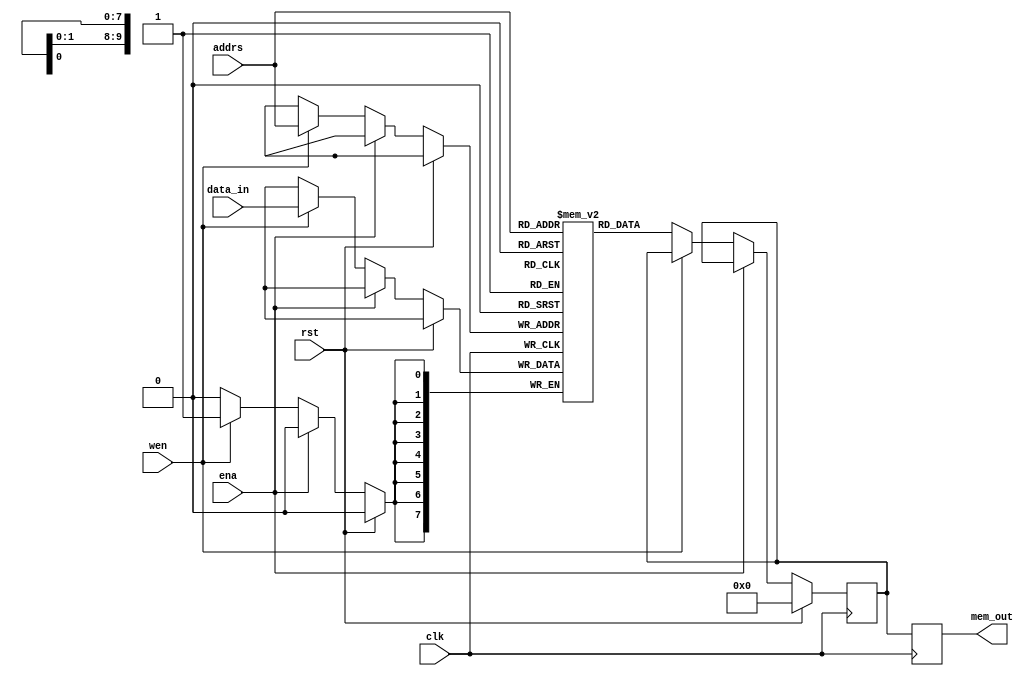
`timescale 1ns / 1ps
//////////////////////////////////////////////////////////////////////////////////
// Company: Private
// 
// Design Name: 
// Module Name: mem
// Project Name: 
// Target Devices: 
// Tool Versions: 
// Description: 
// 
// Dependencies: 
// 
// Revision:
// Revision 0.01 - File Created
// Additional Comments:
// 
//////////////////////////////////////////////////////////////////////////////////


module mem #(
    parameter MEM_DEPTH = 1024,
    parameter bit_size = 8,
    parameter INIT_FILE = ""
            )(
    (*keep = "true"*)output reg [bit_size-1:0] mem_out,
    input clk,
    input [addrs_width(MEM_DEPTH-1)-1:0] addrs,
    input ena,
    input wen,
    input rst,
    input [bit_size-1:0] data_in
    );
    
    (*keep = "true"*) reg [bit_size-1:0] mem [MEM_DEPTH-1:0];
    (*keep = "true"*) reg [bit_size-1:0] temp_mem_out;
    
    generate
        if (INIT_FILE != "") begin: use_init_file
          initial
            $readmemh(INIT_FILE, mem, 0, MEM_DEPTH-1);
        end else begin: init_bram_to_zero
        integer ram_index;
            initial
                for(ram_index=0; ram_index<MEM_DEPTH; ram_index=ram_index+1) begin
                    mem[ram_index] = {(bit_size-1){1'b0}};
                end
        end
    endgenerate
    
    always @(posedge clk) begin
        mem_out <= temp_mem_out;
        if(rst) begin
            temp_mem_out <= {(bit_size-1){1'b0}};
        end
        else begin
            if(!ena) begin
                if(wen) begin
                    mem[addrs] <= data_in;
                end
                else begin
                    temp_mem_out <= mem[addrs];
                end
            end
            else begin
                temp_mem_out <= temp_mem_out;
            end
        end
    end
    
    function integer addrs_width;
        input integer depth;
        for(addrs_width=0; depth>0; addrs_width=addrs_width+1) begin
            depth = depth >> 1;
        end
    endfunction
    
endmodule